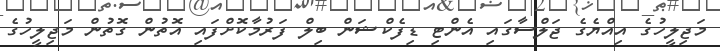
މަޖިލީހުގެ އިއްޔެގެ ޖަލްސާގައި އެންޓި ޑިފެކްޝަން ބިލް ފަރުމާކޮށްފައި އޮތުން ގޮތުން މަޖިލީހުގެ